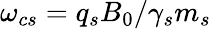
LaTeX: \omega_{cs}=q_{s}B_{0}/\gamma_{s}m_{s}